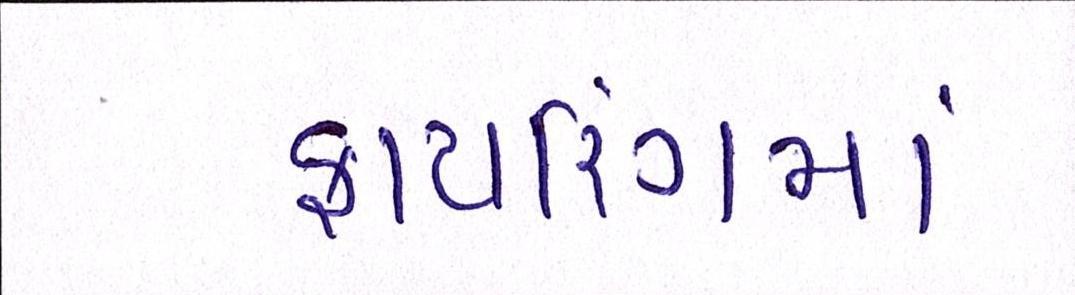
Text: ફાયરિંગમાં